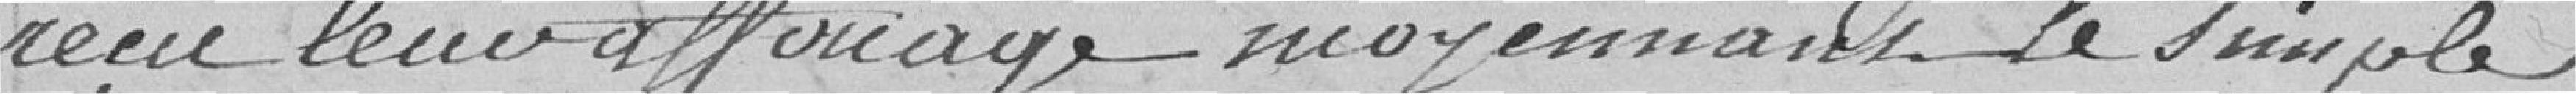
reçu leur affouage moyennant le simple